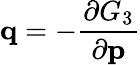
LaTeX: \mathbf{q}=-{\frac{\partial G_{3}}{\partial\mathbf{p}}}